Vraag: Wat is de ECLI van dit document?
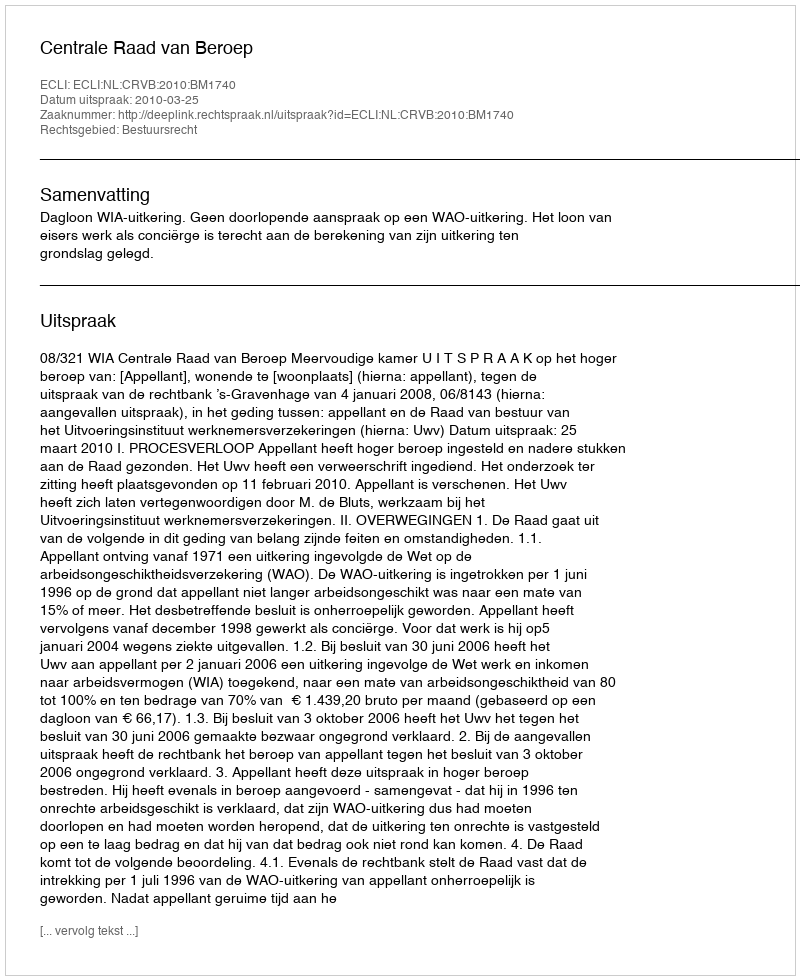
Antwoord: ECLI:NL:CRVB:2010:BM1740